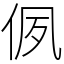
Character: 㑉